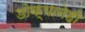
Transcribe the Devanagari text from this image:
डोक्यानेही